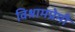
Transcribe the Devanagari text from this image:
विश्रामप्रेमी